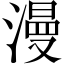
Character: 漫